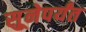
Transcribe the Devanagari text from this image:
सुूनेपर्यंत